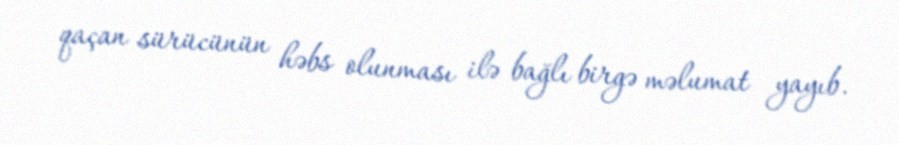
qaçan sürücünün həbs olunması ilə bağlı birgə məlumat yayıb.